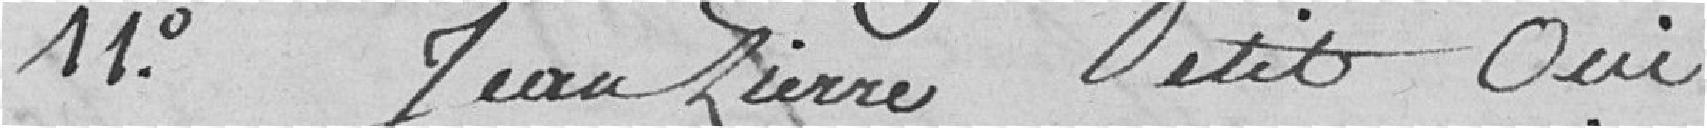
11°. Jean-Pierre Petit oui